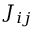
J _ { i j }